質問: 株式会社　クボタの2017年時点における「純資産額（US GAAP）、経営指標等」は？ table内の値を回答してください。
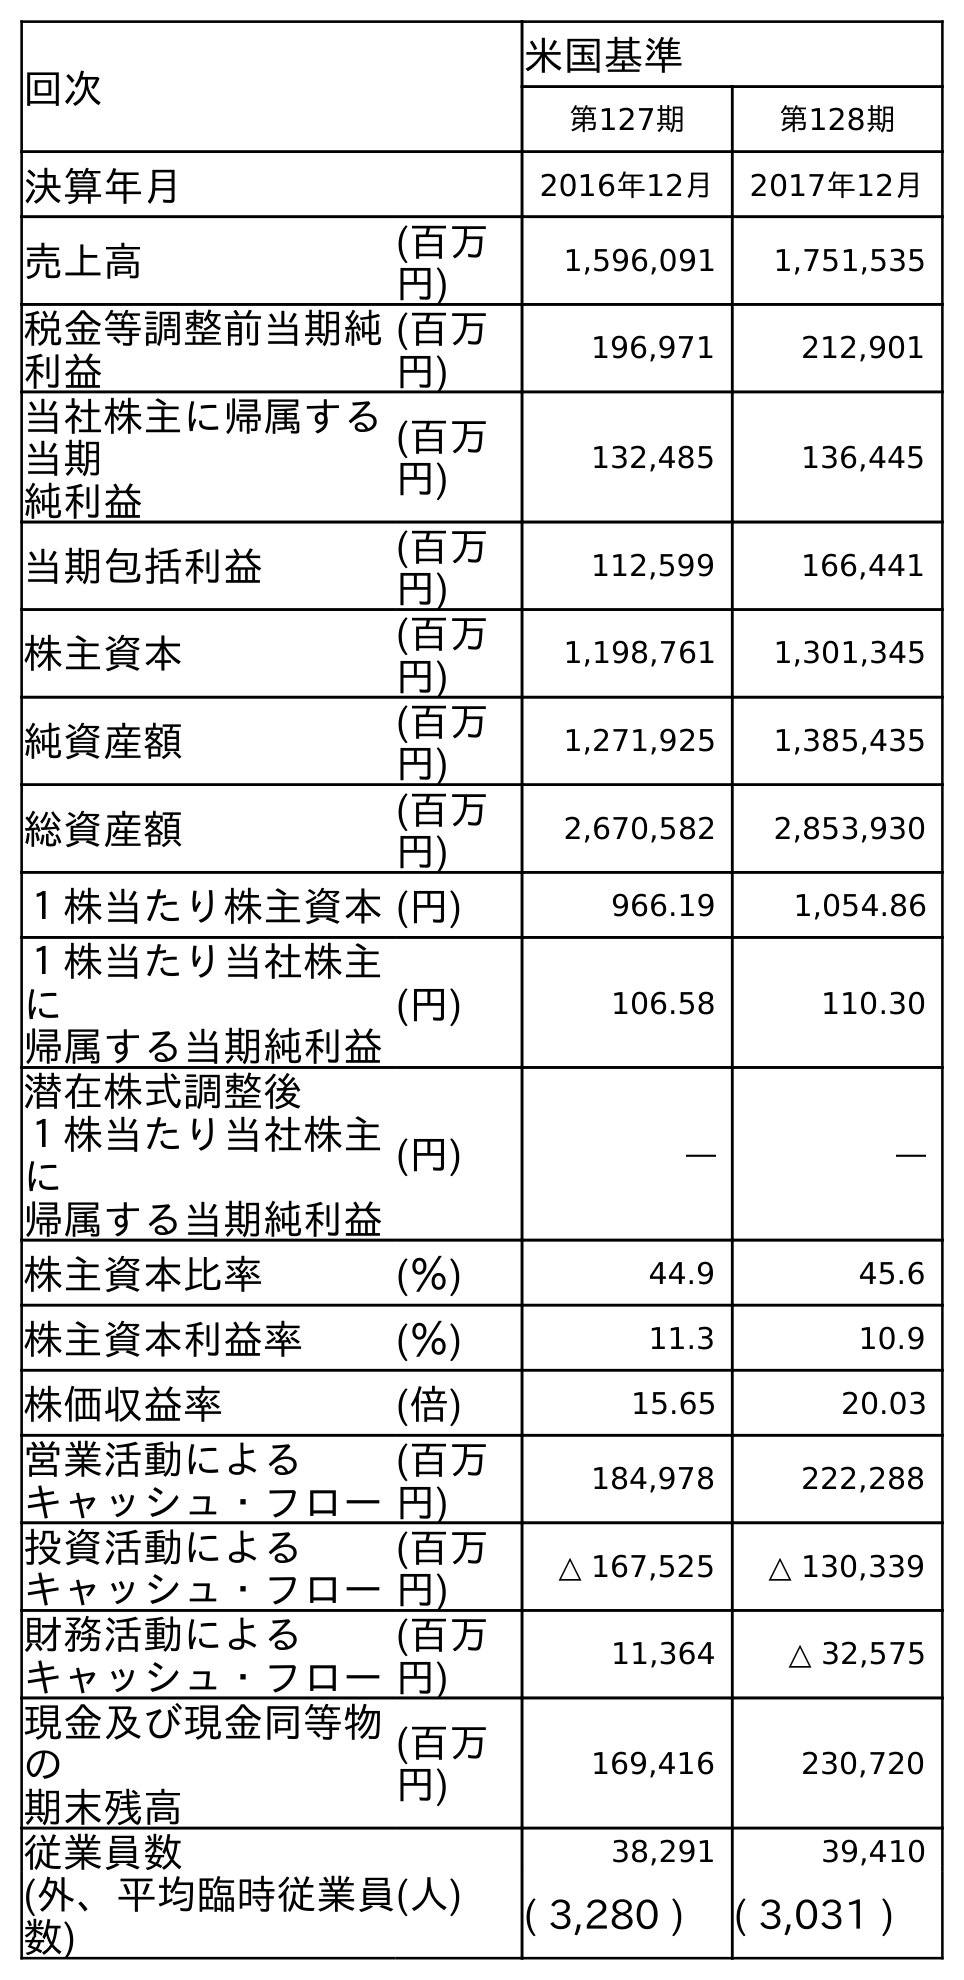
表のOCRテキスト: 回次 米国基準 第127期 第128期 決算年月 2016年12月 2017年12月 売上高 (百万 円) 1,596,091 1,751,535 税金等調整前当期純 利益 (百万 円) 196,971 212,901 当社株主に帰属する 当期 純利益 (百万 円) 132,485 136,445 当期包括利益 (百万 円) 112,599 166,441 株主資本 (百万 円) 1,198,761 1,301,345 純資産額 (百万 円) 1,271,925 1,385,435 総資産額 (百万 円) 2,670,582 2,853,930 １株当たり株主資本(円) 966.19 1,054.86 １株当たり当社株主 に 帰属する当期純利益 (円) 106.58 110.30 潜在株式調整後 １株当たり当社株主 に 帰属する当期純利益 (円) ― ― 株主資本比率 (％) 44.9 45.6 株主資本利益率 (％) 11.3 10.9 株価収益率 (倍) 15.65 20.03 営業活動による キャッシュ・フロー (百万 円) 184,978 222,288 投資活動による キャッシュ・フロー (百万 円) △ 167,525 △ 130,339 財務活動による キャッシュ・フロー (百万 円) 11,364 △ 32,575 現金及び現金同等物 の 期末残高 (百万 円) 169,416 230,720 従業員数 (人) 38,291 39,410 (外、平均臨時従業員 数) ( 3,280 ) ( 3,031 )
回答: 1,385,435